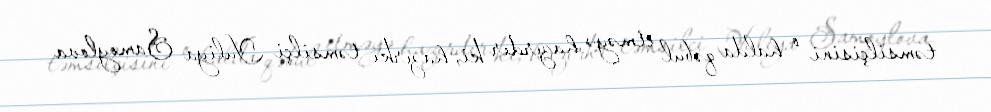
təmsilçisini o halda qəbul etməyə hazırdır ki, hazırkı təmsilçi Yuliya Samoylova